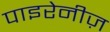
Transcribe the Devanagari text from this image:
पाइरेनीज़